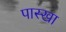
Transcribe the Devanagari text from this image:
पास्खा